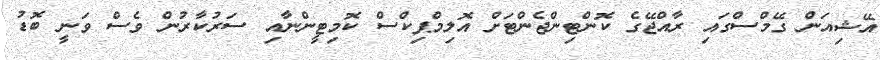
އޭޝިއަން ގޭމްސްގައި ރާއްޖޭގެ ކޮންޓިންޖެންޓަށް އޮލިމްޕިކްސް ކޮމިޓީންނާއި ސަރުކާރުން ވެސް ވަނީ ބޮޑު